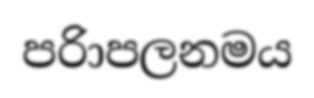
පරිාපලනමය